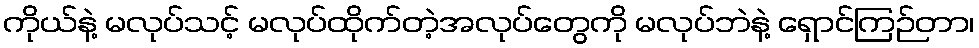
ကိုယ်နဲ့ မလုပ်သင့် မလုပ်ထိုက်တဲ့အလုပ်တွေကို မလုပ်ဘဲနဲ့ ရှောင်ကြဉ်တာ၊